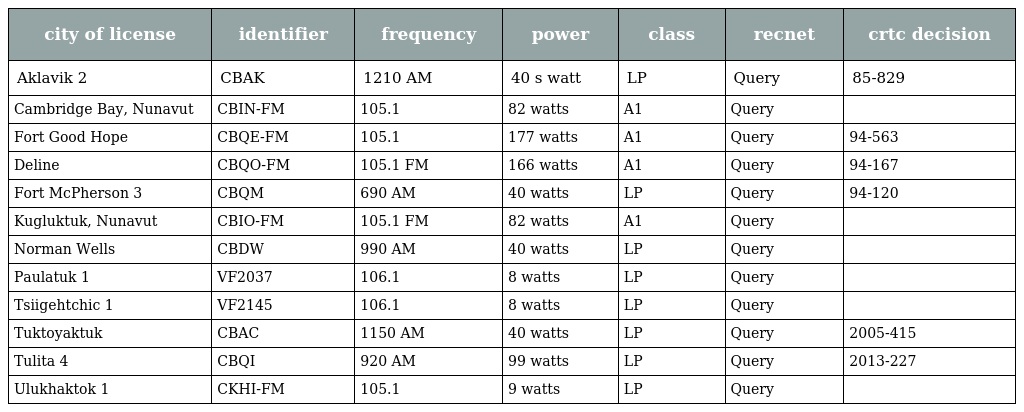
| city of license | identifier | frequency | power | class | recnet | crtc decision |
 | --- | --- | --- | --- | --- | --- | --- |
 | Aklavik 2 | CBAK | 1210 AM | 40 s watt | LP | Query | 85-829 |
 | Cambridge Bay, Nunavut | CBIN-FM | 105.1 | 82 watts | A1 | Query |  |
 | Fort Good Hope | CBQE-FM | 105.1 | 177 watts | A1 | Query | 94-563 |
 | Deline | CBQO-FM | 105.1 FM | 166 watts | A1 | Query | 94-167 |
 | Fort McPherson 3 | CBQM | 690 AM | 40 watts | LP | Query | 94-120 |
 | Kugluktuk, Nunavut | CBIO-FM | 105.1 FM | 82 watts | A1 | Query |  |
 | Norman Wells | CBDW | 990 AM | 40 watts | LP | Query |  |
 | Paulatuk 1 | VF2037 | 106.1 | 8 watts | LP | Query |  |
 | Tsiigehtchic 1 | VF2145 | 106.1 | 8 watts | LP | Query |  |
 | Tuktoyaktuk | CBAC | 1150 AM | 40 watts | LP | Query | 2005-415 |
 | Tulita 4 | CBQI | 920 AM | 99 watts | LP | Query | 2013-227 |
 | Ulukhaktok 1 | CKHI-FM | 105.1 | 9 watts | LP | Query |  |